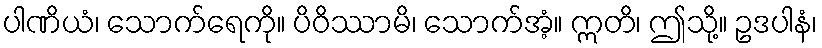
ပါဏိယံ၊ သောက်ရေကို။ ပိဝိဿာမိ၊ သောက်အံ့။ ဣတိ၊ ဤသို့။ ဥဒပါနံ၊